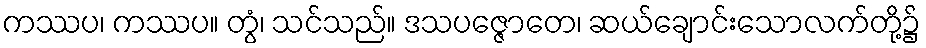
ကဿပ၊ ကဿပ။ တွံ၊ သင်သည်။ ဒသပဇ္ဇောတေ၊ ဆယ်ချောင်းသောလက်တို့၌